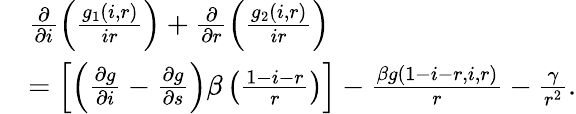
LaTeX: \begin{array}{rl}&{\frac{\partial}{\partial i}\left(\frac{g_{1}(i,r)}{ir}\right)+\frac{\partial}{\partial r}\left(\frac{g_{2}(i,r)}{ir}\right)}\\ &{=\left[\left(\frac{\partial g}{\partial i}-\frac{\partial g}{\partial s}\right)\beta\left(\frac{1-i-r}{r}\right)\right]-\frac{\beta g(1-i-r,i,r)}{r}-\frac{\gamma}{r^{2}}.}\end{array}